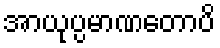
အာယုပ္ပမာဏတောပိ